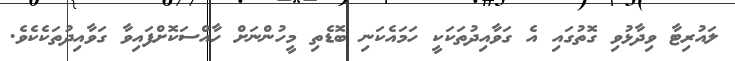
ލައުރިޓާ ވިދާޅުވި ގޮތުގައި އެ ގަވާއިދުތަކަކީ ހަމައެކަނި ބޮޑެތި މީހުންނަށް ހާއްސަކޮށްފައިވާ ގަވާއިދުތަކެކެވެ.